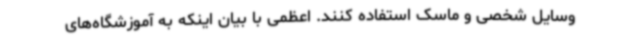
وسایل شخصی و ماسک استفاده کنند. اعظمی با بیان اینکه به آموزشگاه‌های